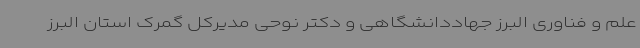
علم و فناوری البرز جهاددانشگاهی و دکتر نوحی مدیرکل گمرک استان البرز